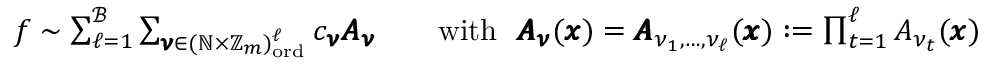
\begin{array} { r } { f \sim \sum _ { \ell = 1 } ^ { \mathcal { B } } \sum _ { \pmb { \nu } \in ( \mathbb { N } \times \mathbb { Z } _ { m } ) _ { \mathrm { o r d } } ^ { \ell } } c _ { \pmb { \nu } } \pmb { A } _ { \pmb { \nu } } \qquad \mathrm { w i t h } ~ ~ \pmb { A } _ { \pmb { \nu } } ( \pmb { x } ) = \pmb { A } _ { \nu _ { 1 } , \dots , \nu _ { \ell } } ( \pmb { x } ) : = \prod _ { t = 1 } ^ { \ell } A _ { \nu _ { t } } ( \pmb { x } ) } \end{array}